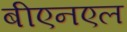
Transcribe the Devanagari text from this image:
बीएनएल